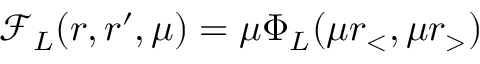
\mathcal { F } _ { L } ( r , r ^ { \prime } , \mu ) = \mu \Phi _ { L } ( \mu r _ { < } , \mu r _ { > } )